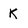
Character: k